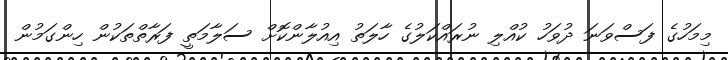
މިމަހުގެ ފަސްވަނަ ދުވަހު ކުއްލި ނުރައްކަލުގެ ހާލަތު އިއުލާންކޮށް ސަލާމަތީ ފަރާތްތަކުން ހިންގަމުން